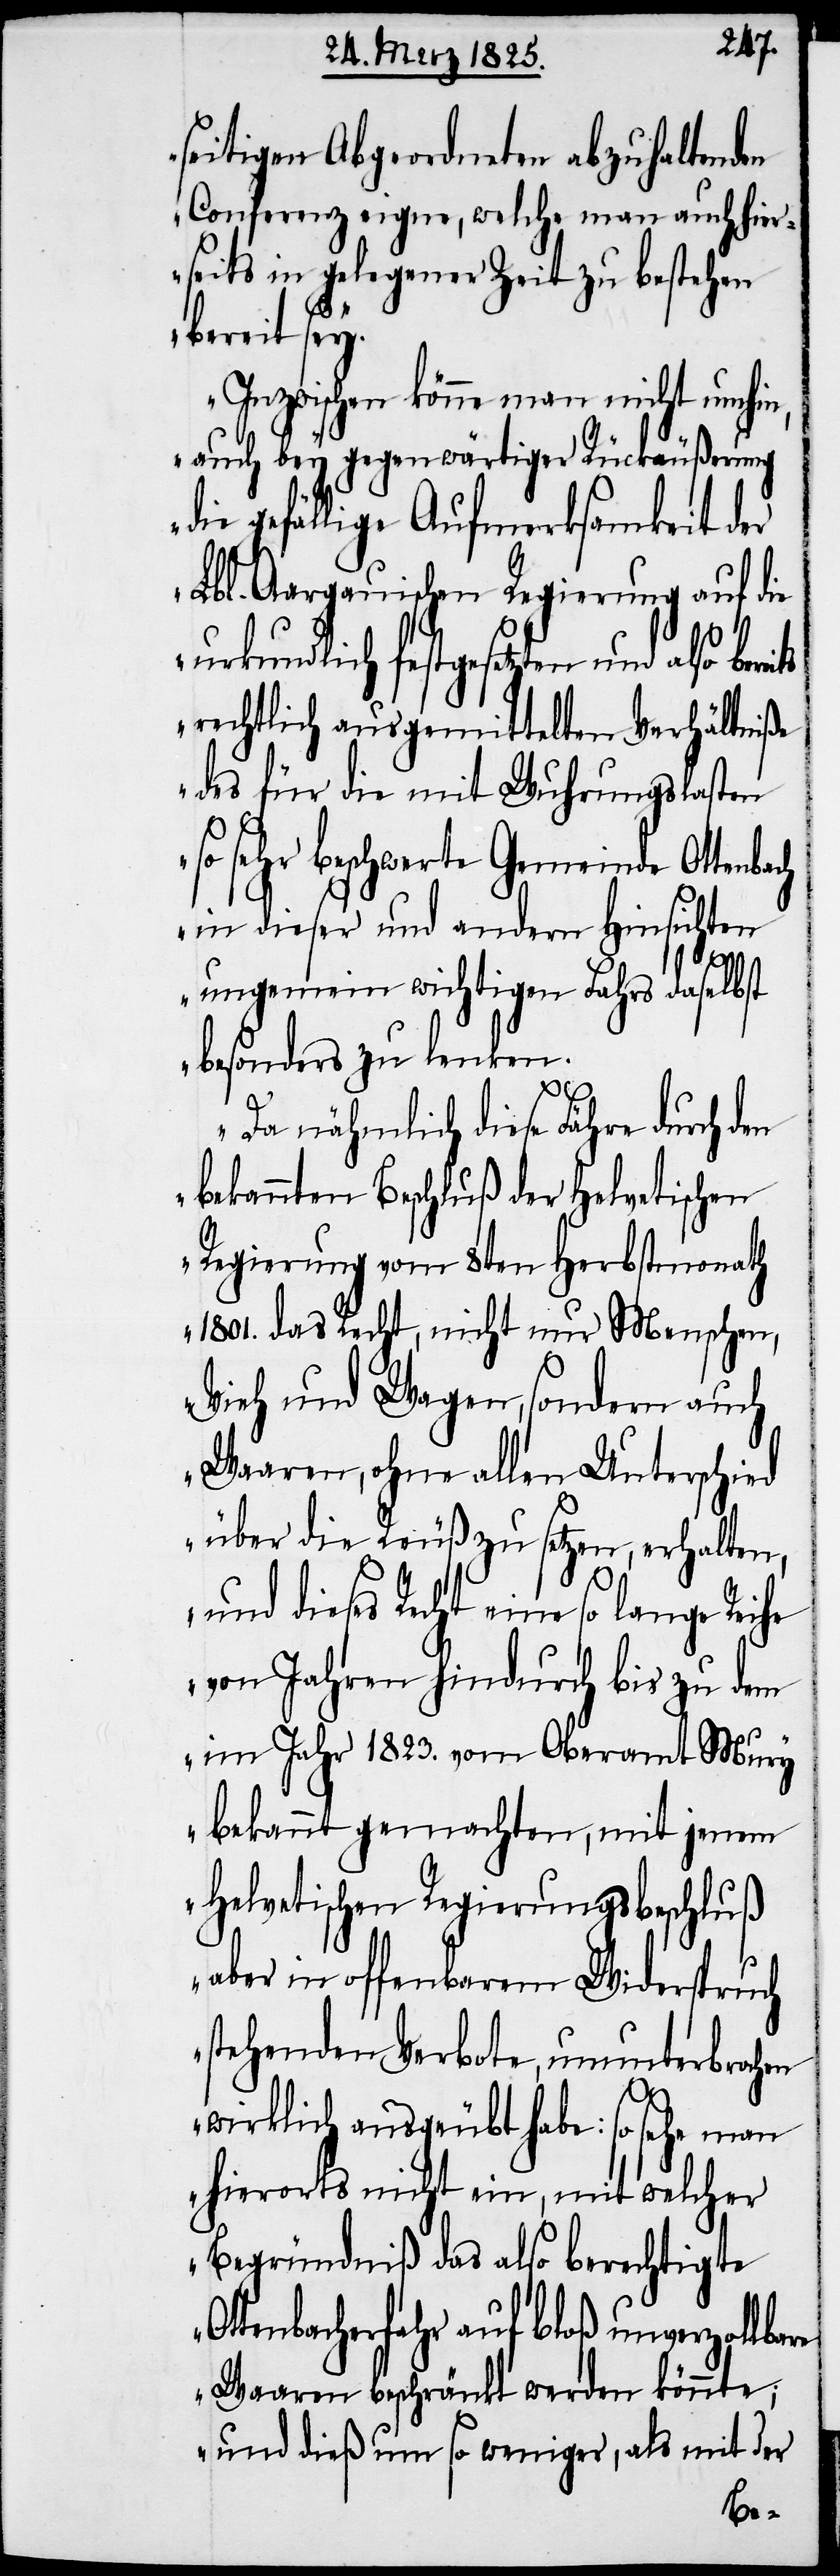
seitigen Abgeordneten abzuhaltenden
Conferenz eigne, welche man auch hier¬
seits in gelegener Zeit zu bestehen
bereit sey.
Inzwischen könne man nicht umhin,
auch bey gegenwärtiger Rückäußerung
die gefällige Aufmerksamkeit der
Lbl. Aargauischen Regierung auf die
urkundlich festgesetzten und also bere¬
rechtlich ausgemittelten Verhältniße
des für die mit Wuhrungslasten
so sehr beschwerte Gemeinde Ottenba¬
in dieser und andern Hinsichten
re
ungemein wichtigen Fahrs daselbst
besonders zu lenken.
Da nähmlich diese Fähre durch den
bekannten Beschluß der Helvetischen
Regierung vom 8ten Herbstmonath
1801. das Recht, nicht nur Menschen,
Vieh und Wagen, sondern auch
Waaren, ohne allen Unterschied
über die Reuß zu setzen, erhalten,
und dieses Recht eine so lange Reihe
von Jahren hindurch bis zu dem
im Jahr 1823. vom Oberamt Mury
bekannt gemachten, mit jenem
Helvetischen Regierungsbeschluß
aber in offenbarem Widerspruch
stehenden Verbote, ununterbrochen
wirklich ausgeübt habe: so sehe man
hierorts nicht ein, mit welcher
Begründniß das also berechtigte
tenbacherfahr auf bloß unverzollba¬
Waaren beschränkt werden könnte;
und dieß um so weniger, als mit der